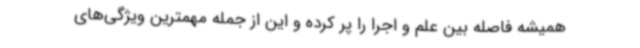
همیشه فاصله بین علم و اجرا را پر کرده و این از جمله مهمترین ویژگی‌های